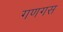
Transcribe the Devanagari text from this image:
गणगस